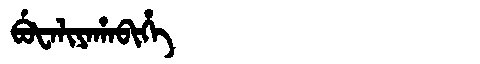
Manchu: ᠪᡠᡶᠠᠯᡳᠶᠠᡥᠠᠪᡳᡥᡝ
Romanization: BUFALIYAHABIHE